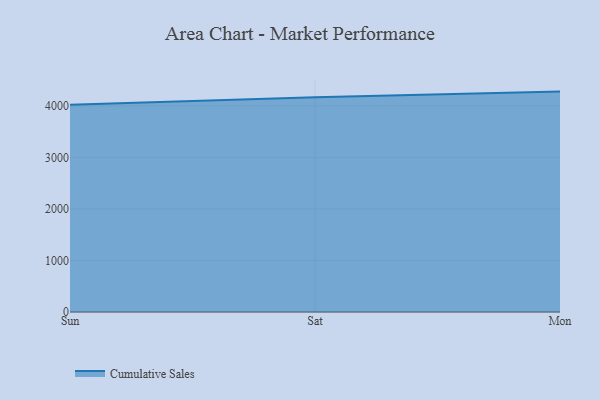
{"axis": {"x": "Day", "y": "Customer Acquisition Cost (USD)"}, "legend": ["Cumulative Sales"], "data": [{"x": "Sun", "y": 4025.0, "type": "Cumulative Sales"}, {"x": "Sat", "y": 4170.2, "type": "Cumulative Sales"}, {"x": "Mon", "y": 4281.0, "type": "Cumulative Sales"}]}